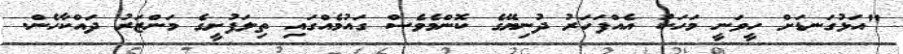
"އަޅުގަނޑަށް ހީވަނީ މަހަކު އެއްފަހަރު ދުނިޔޭގެ ކޮންމެވެސް ގައުމެއްގައި ތިލަފުށީގެ މަންޒަރު ދައްކާހެން.